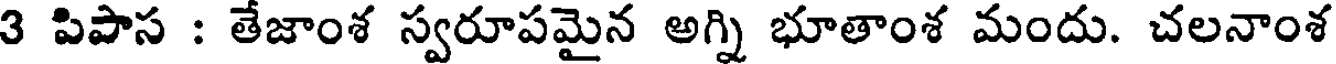
3 పిపాస : తేజాంశ స్వరూపమైన అగ్ని భూతాంశ మందు. చలనాంశ